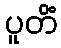
ပူတိံ